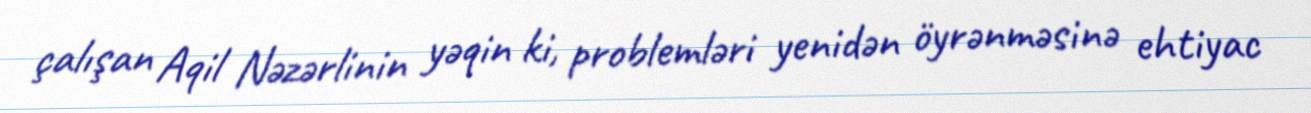
çalışan Aqil Nəzərlinin yəqin ki, problemləri yenidən öyrənməsinə ehtiyac